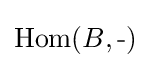
\operatorname {Hom} (B,{\text{-}})